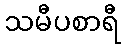
သမီပစာရီ